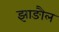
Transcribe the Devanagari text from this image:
झाङौल